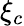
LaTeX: \xi_{c}